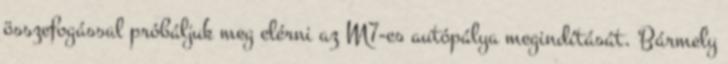
összefogással próbáljuk meg elérni az M7-es autópálya megindítását. Bármely